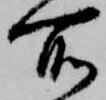
所